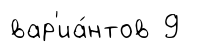
вар'иа́нтов 9